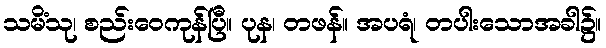
သမိံသု၊ စည်းဝေကုန်ပြီ။ ပုန၊ တဖန်။ အပရံ၊ တပါးသောအခါ၌။